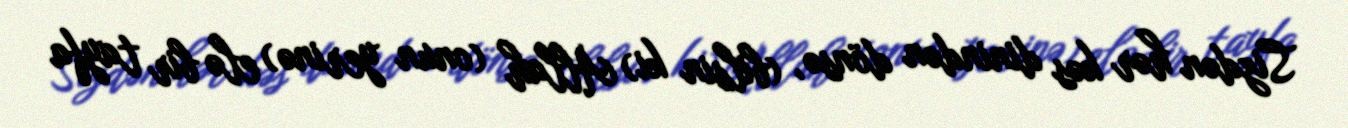
Sizdən hər kəs dinindən dönsə, (bilsin ki) Allah (onun yerinə) elə bir tayfa